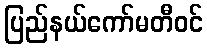
ပြည်နယ်ကော်မတီဝင်